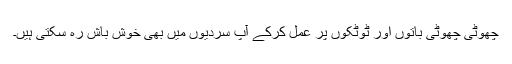
چھوٹی چھوٹی باتوں اور ٹوٹکوں پر عمل کرکے آپ سردیوں میں بھی خوش باش رہ سکتی ہیں۔